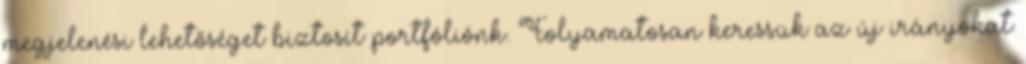
megjelenési lehetőséget biztosít portfóliónk. Folyamatosan keressük az új irányokat